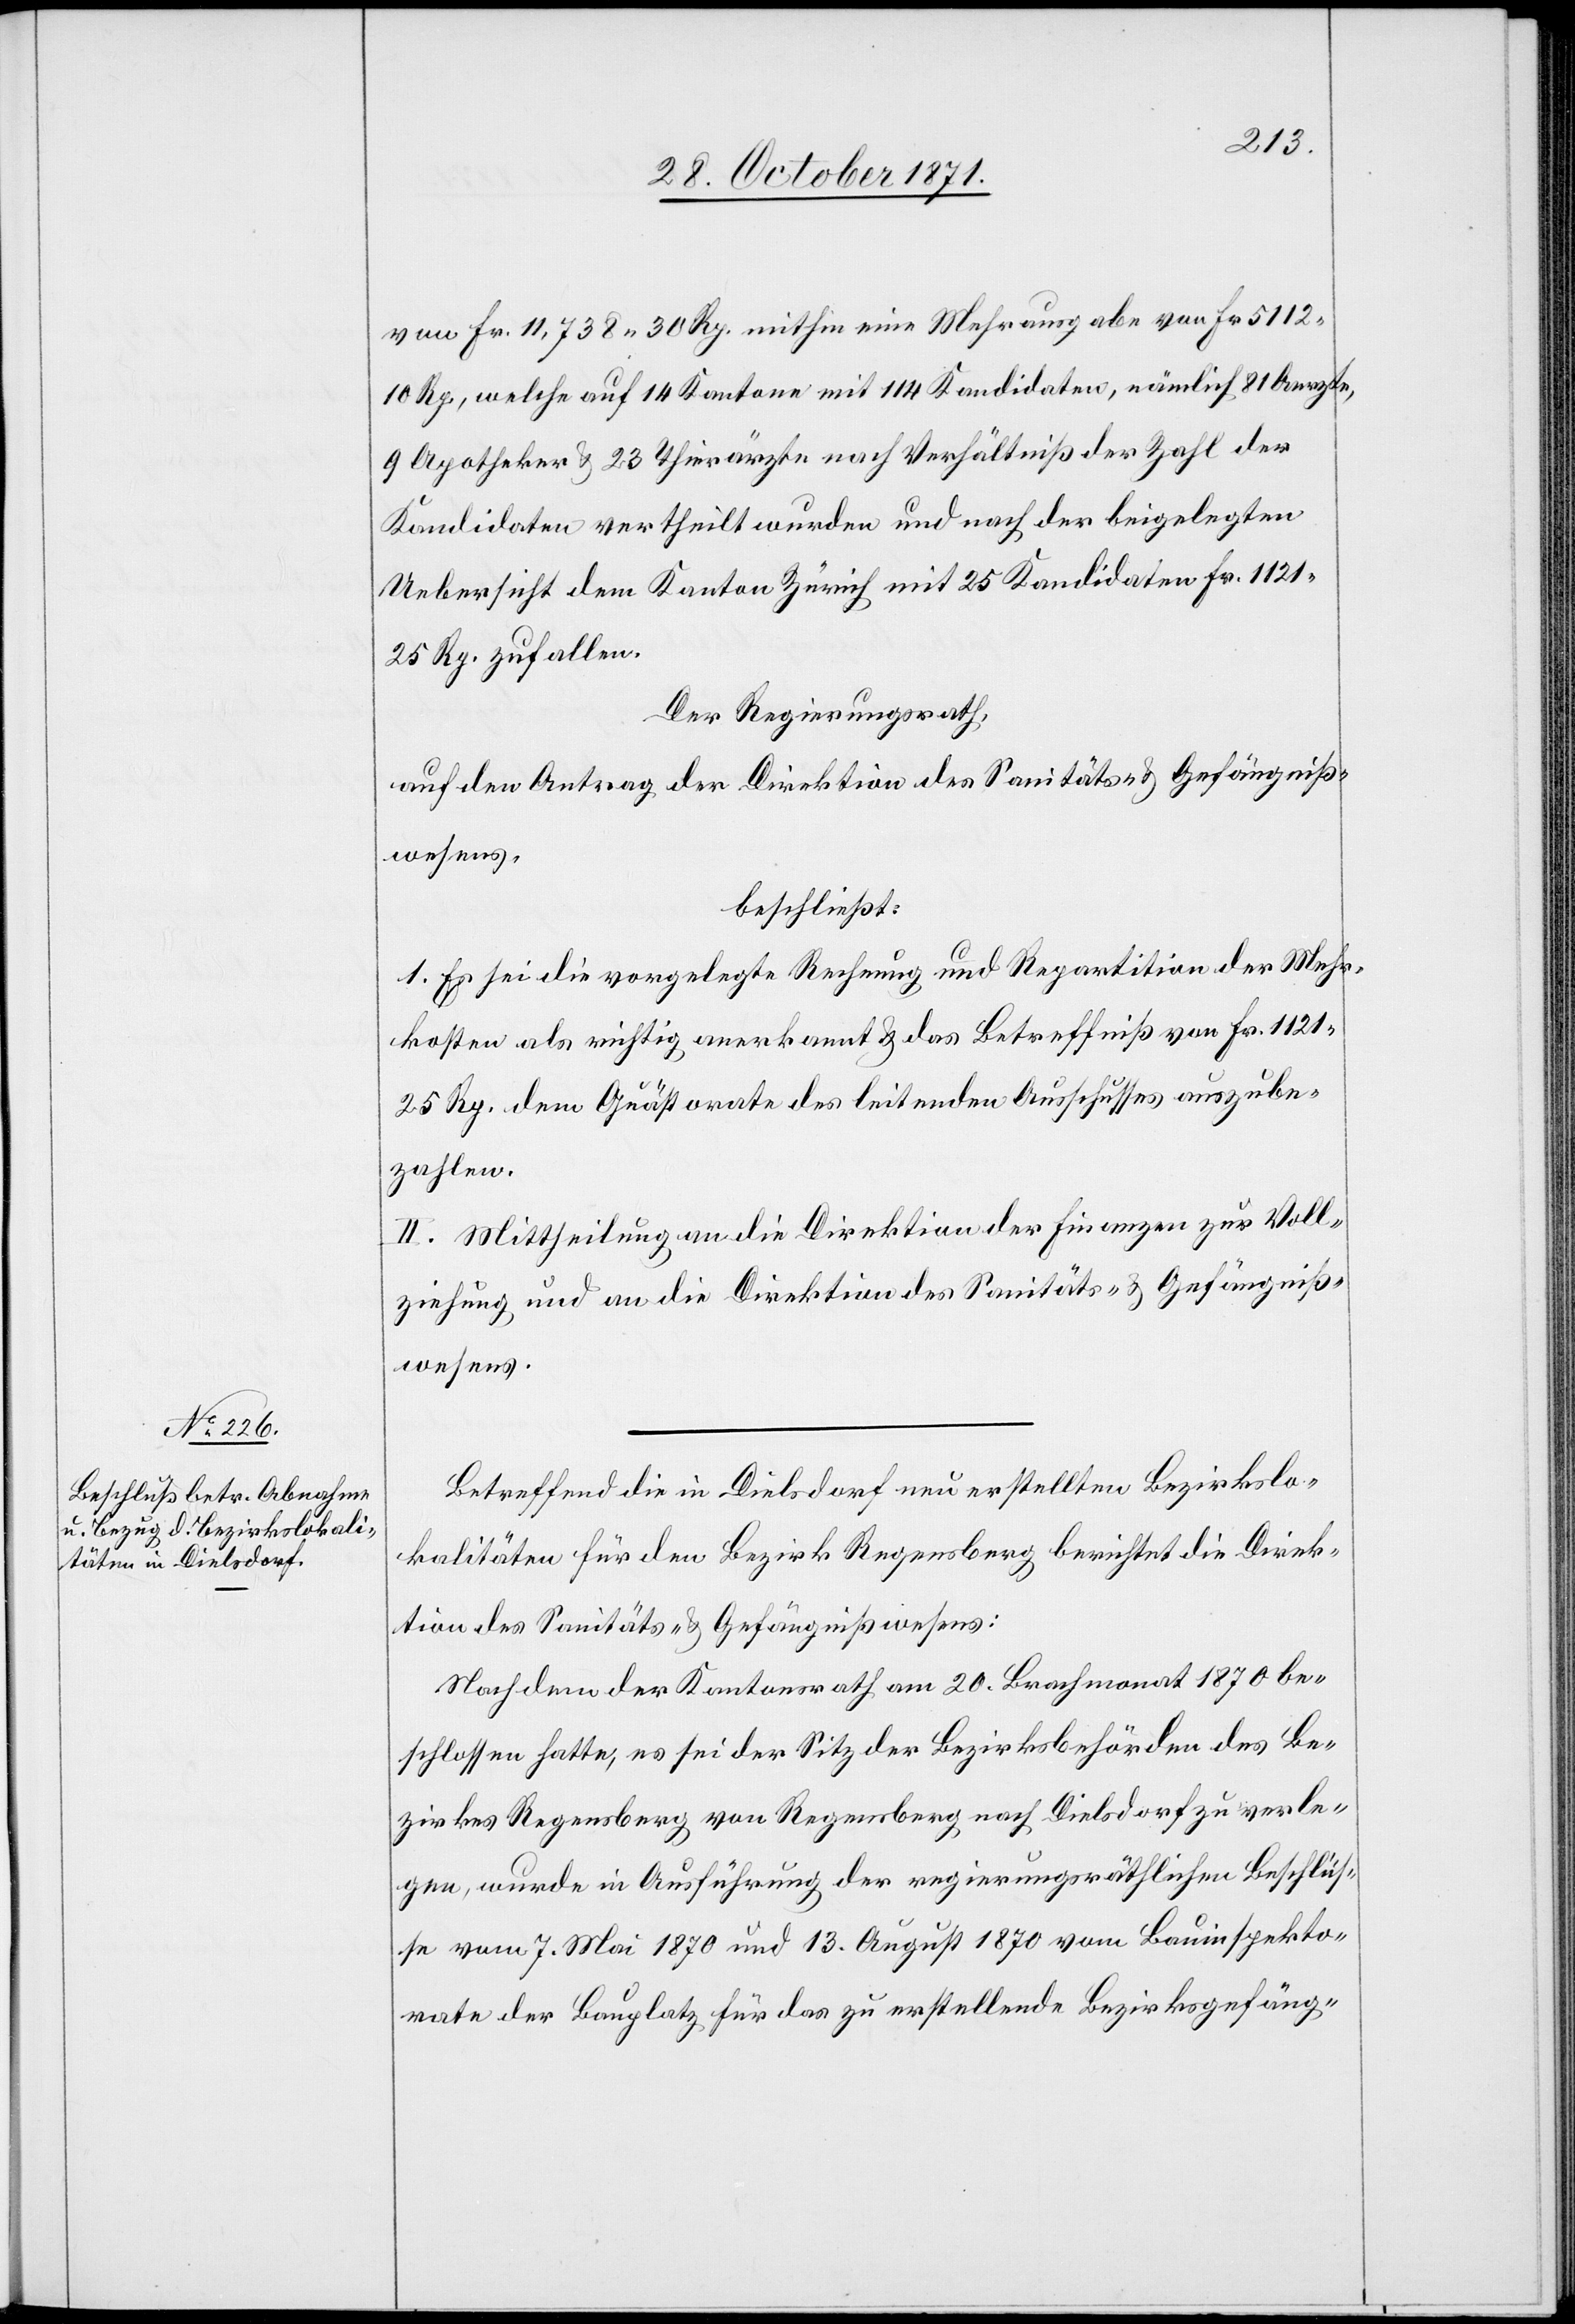
von Fr. 11,738. 30 Rp. mithin eine Mehrausgabe von Fr. 5112.
10 Rp., welche auf 14 Kantone mit 114 Kandidaten, nämlich 81 Aerzte,
9 Apotheker & 23 Thierärzte nach Verhältniß der Zahl der
Kandidaten vertheilt wurden und nach der beigelegten
Uebersicht dem Kanton Zürich mit 25 Kandidaten Fr. 1121.
25 Rp. zufallen.
Der Regierungsrath,
auf den Antrag der Direktion des Sanitäts- & Gefängniß¬
wesens,
beschließt:
1. Es sei die vorgelegte Rechnung und Repartition der Mehr¬
kosten als richtig anerkannt & das Betreffniß von Fr. 1121.
25 Rp. dem Quästorate des leitenden Ausschusses auszube¬
zahlen.
II. Mittheilung an die Direktion der Finanzen zur Voll¬
ziehung und an die Direktion des Sanitäts- & Gefängniß¬
wesens.
Betreffend die in Dielsdorf neu erstellten Bezirkslo¬
kalitäten für den Bezirk Regensberg berichtet die Direk¬
tion des Sanitäts- & Gefängnißwesens:
Nachdem der Kantonsrath am 20. Brachmonat 1870 be¬
schlossen hatte, es sei der Sitz der Bezirksbehörden des Be¬
zirkes Regensberg von Regensberg nach Dielsdorf zu verle¬
gen, wurde in Ausführung der regierungsräthlichen Beschlüs¬
se vom 7. Mai 1870 und 13. August 1870 vom Bauinspekto¬
rate der Bauplatz für das zu erstellende Bezirksgefäng-